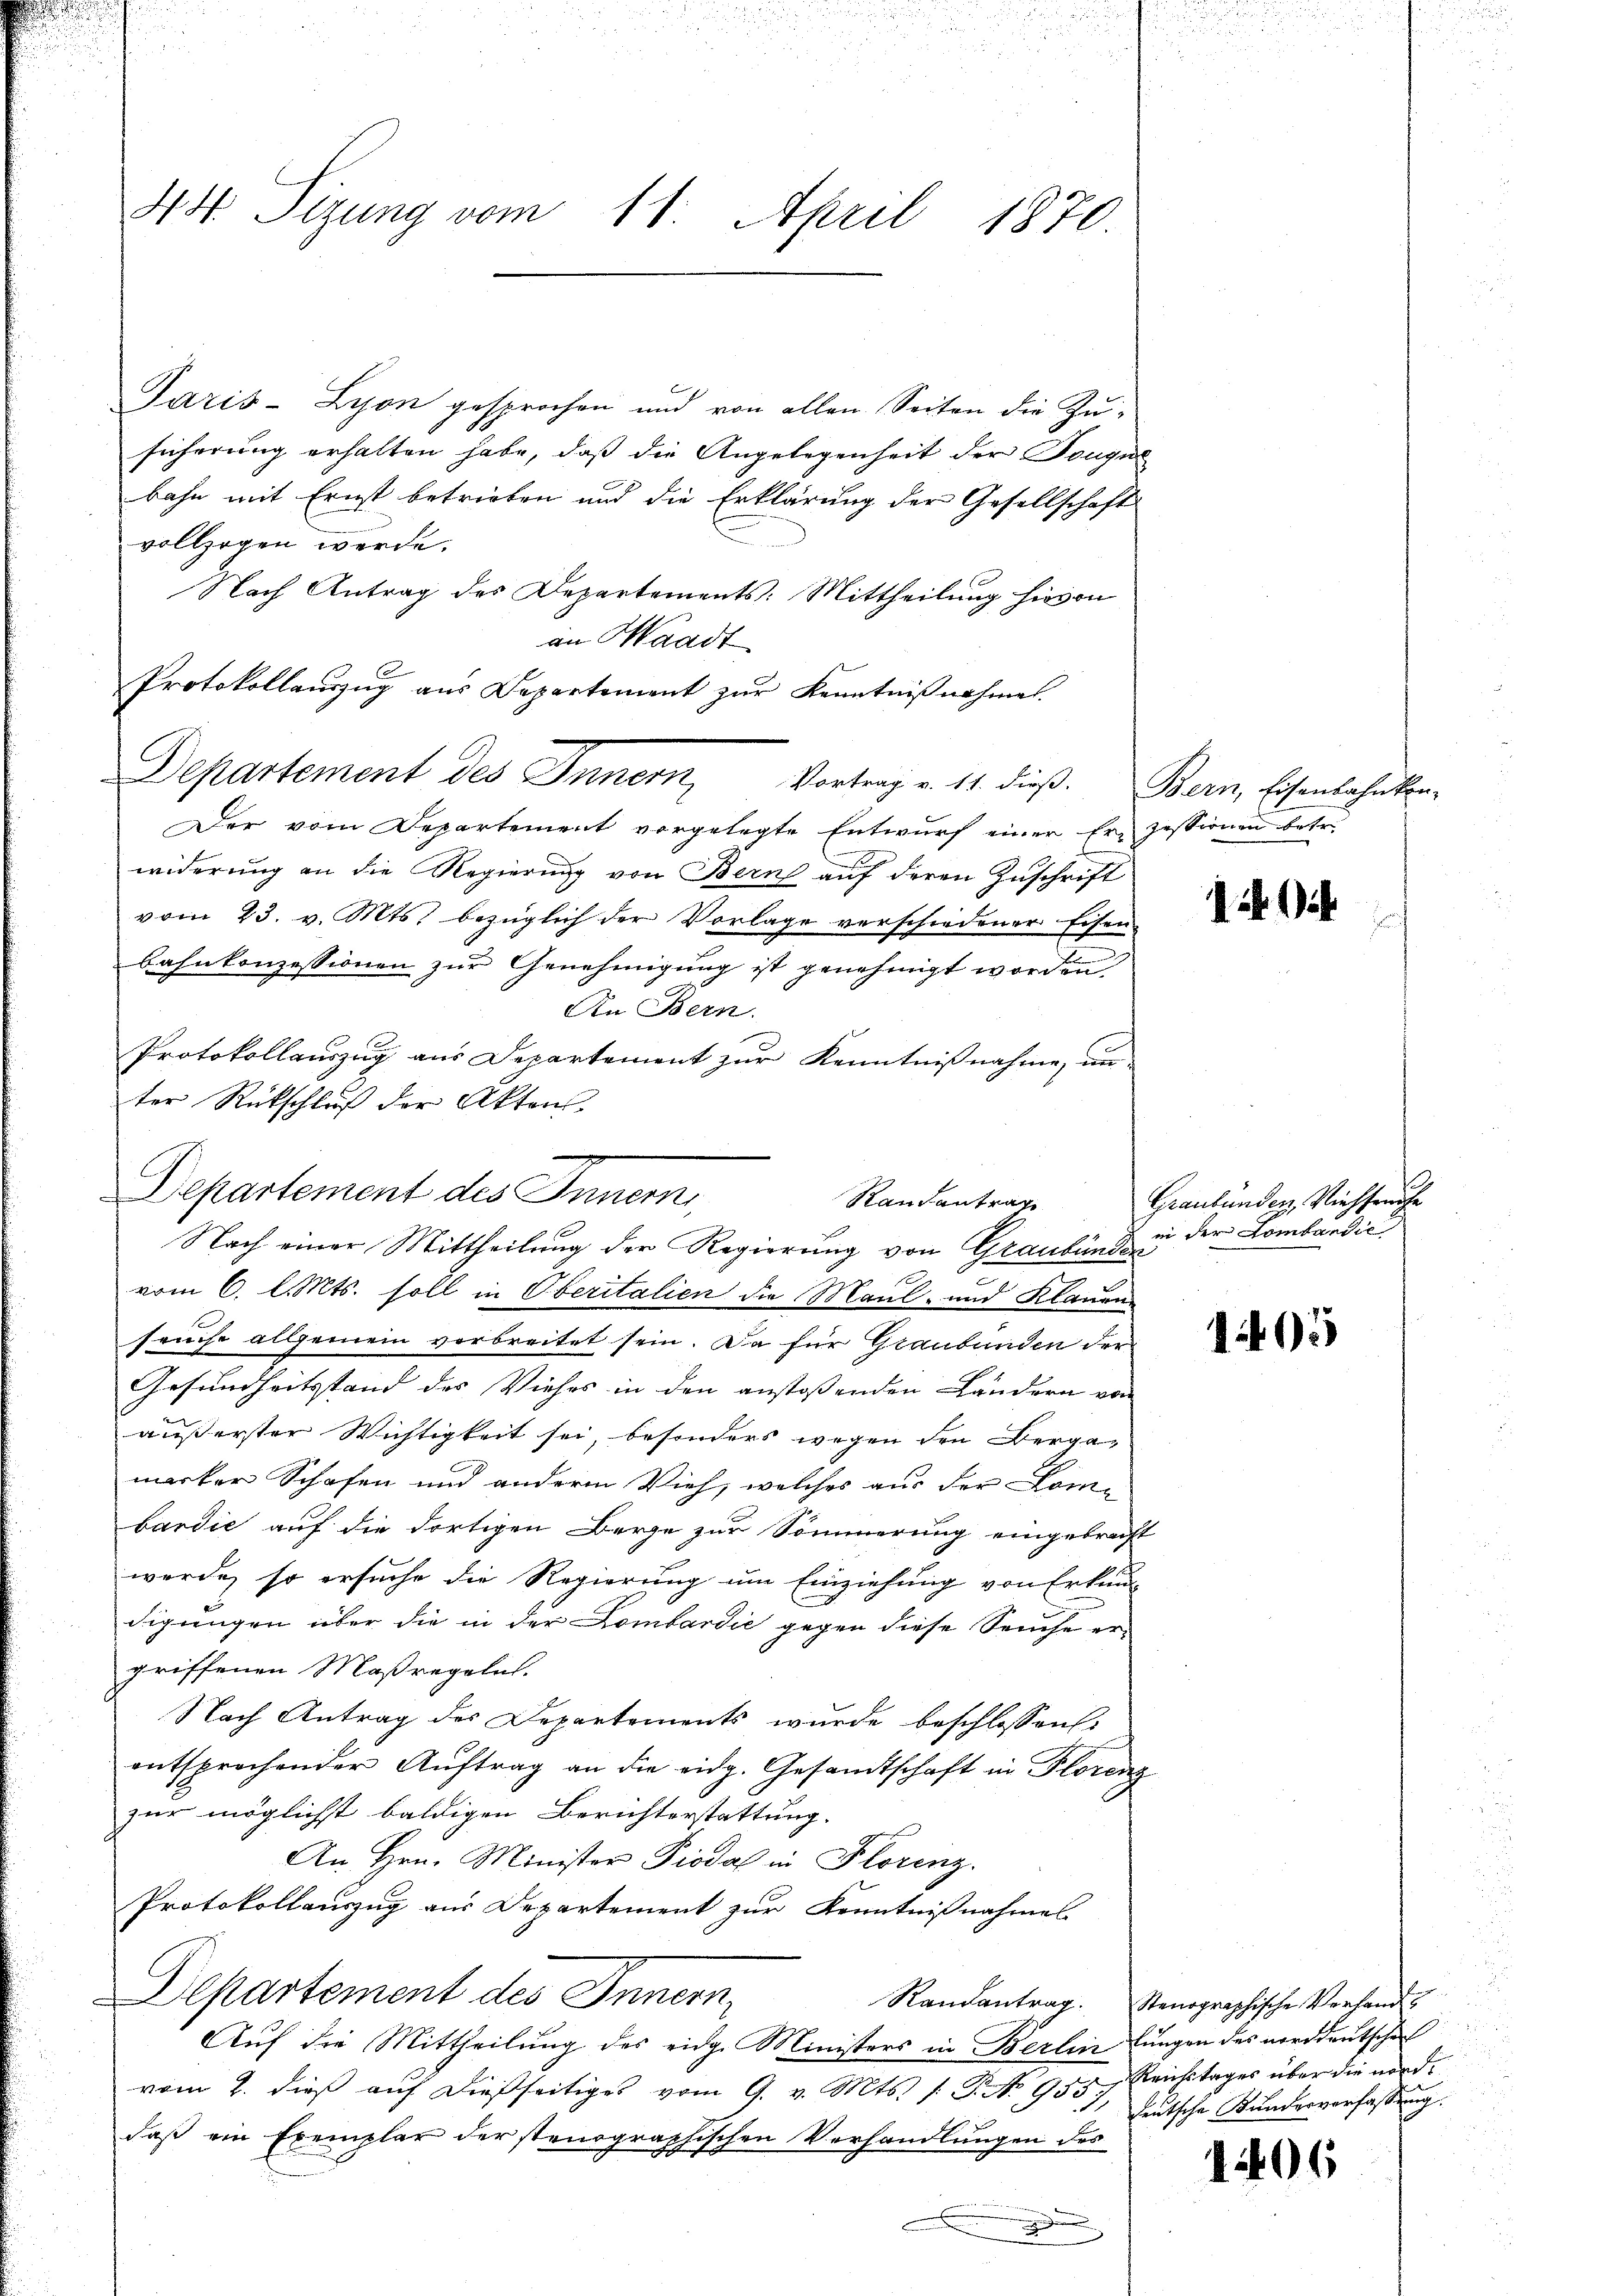
d

44 Sizung vom 11. April 1870.

Paris Lyon gesprochen und von allen Seiten die Zŭ-
sicherung erhalten habe, daß die Angelegenheit der Tongue
bahn mit Ernst betrieben und die Erklärung der Gesellschaft
vollzogen werde.
Nach Antrag des Departements: Mittheilung hievon
an Waadt
Der vom Departement vorgelegte Entwurf einer Ernzessionen betr.
widerung an die Regierung von Bern auf deren Zuschrift
vom 23. v. Mts. bezüglich der Vorlage verschiedener Eisen-
bahnkonzessionen zur Genehmigung ist genehmigt worden
An Bern.
Protokollauszug aus Departement zur Kenntnißnahme, un-
ter Rückschluß der Akten.
vom 6. l. Mts. soll in Oberitalien die Maul- und Klauen
seuche allgemein vorbreitet sein. Da für Graubünden der
Gesundheitsstand des Viehes in den anstossenden Landern von
äußerster Wichtigkeit sei, besonders wegen den Bergemerker Schafen und andere Vieh, welches aus der Combardić auf die dortigen Berge zur Sömmerung eingebracht
wurde, so ersuche die Regierung um Einziehung von Erkun-
digungen über die in der Lombardić gegen diese Seuche er-
griffenen Maßregeln.
Nach Antrag des Departements wurde beschlossens
entsprochender Aŭftrag an die eidg. Gesandtschaft in Florenz
zur möglichst baldigen Berichterstattung.
An Hrn. Minister Piodal in Florenz.
Protokollauszug aus Departement zur Kenntnißnahmes
Departement des Innern,
Auf die Mittheilung des eidge Ministers in Berlin lungen des norddeutsche
vom 2. dieβ aŭf dießseitiges vom 9. v. Mts. /: P. No 955. Reichstages über die norddaß ein Exemplar der stenographischen Verhandlungen des
.

Departement des Innern,
Rautantrag
Nach einer Mittheilung der Regierung von Graubünden

Protokollauszug aus Departement zur Kenntnißnahme.
Departement des Innern, Vortrag v. 11. dieß. Bern, Eisenbahnten-

Graubünden, Viehfreihe
in der Lombardie

1465

Randantrag. Stenographische Verhand-
eutsche Kundesverfassung.

1406